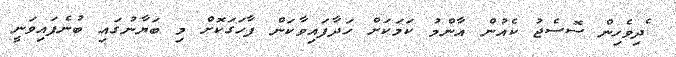
ެދިވެހިން ސޮސެޖު ކެއުން އާންމު ކަމަކަށް ހަދާފައިވާކަން ފާހަަގަކޮށް މި ބަޔާނުގައި ބުނެފައިވަނީ